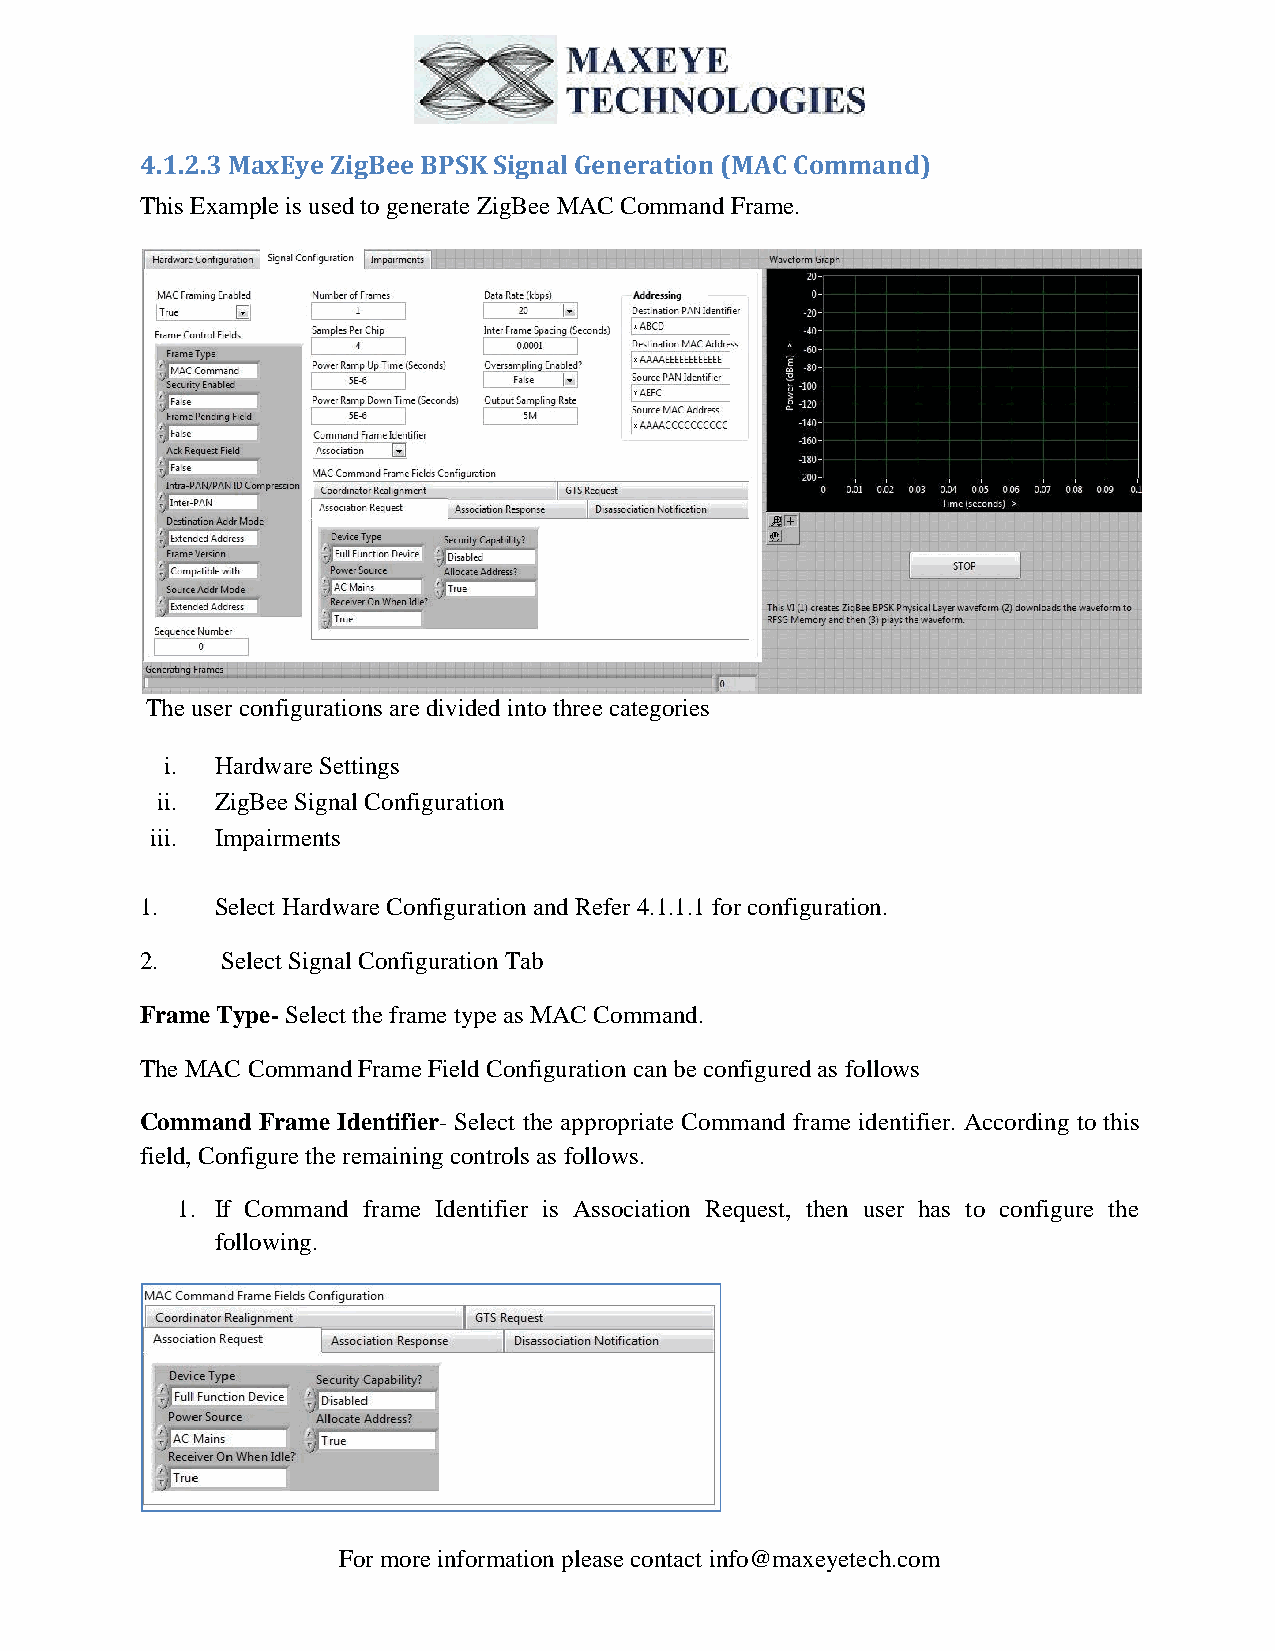
4.1.2.3 MaxEye ZigBee BPSK Signal Generation (MAC Command)
 This Example is used to generate ZigBee MAC Command Frame.
 The user configurations are divided into three categories
 i. Hardware Settings
 ii. ZigBee Signal Configuration
 iii. Impairments
 1.   Select Hardware Configuration and Refer 4.1.1.1 for configuration.
 2.    Select Signal Configuration Tab
 Frame Type- Select the frame type as MAC Command.
 The MAC Command Frame Field Configuration can be configured as follows
 Command Frame Identifier- Select the appropriate Command frame identifier. According to this
 field, Configure the remaining controls as follows.
 1. If Command frame Identifier is Association Request, then user has to configure the
 following.
 For more information please contact info@maxeyetech.com